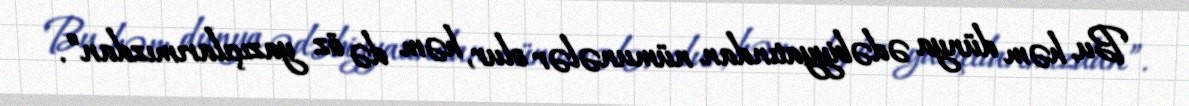
Bu, həm dünya ədəbiyyatından nümunələr olur, həm də öz yazıçılarımızdan”.